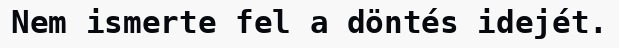
Nem ismerte fel a döntés idejét.